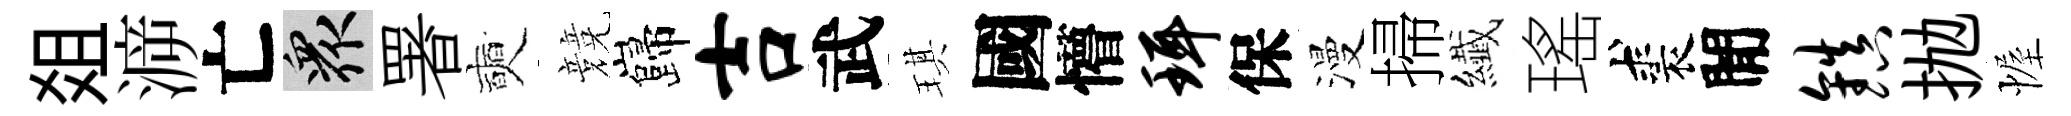
爼㴑亡衆署奭競巋吉武琪國懵珥保漫掃纎瑤裘閒镇抛幄